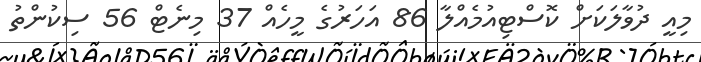
މިއީ ދުވާލަކަށް ކޮސްޓިއުމެއްލާ 86 އަހަރުގެ މީހެއް 37 މިނެޓް 56 ސިކުންތު